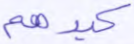
كيدهم